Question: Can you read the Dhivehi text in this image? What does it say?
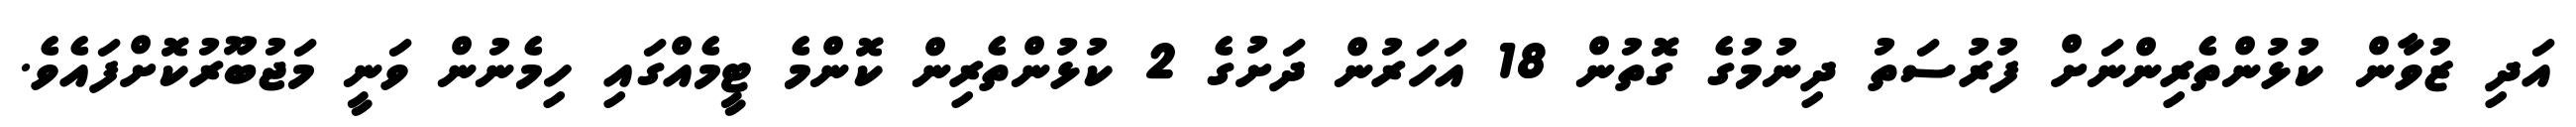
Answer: އަދި ޒުވާން ކުޅުންތެރިންނަށް ފުރުސަތު ދިނުމުގެ ގޮތުން 18 އަހަރުން ދަށުގެ 2 ކުޅުންތެރިން ކޮންމެ ޓީމެއްގައި ހިމެނުން ވަނީ މަޖުބޫރުކޮށްފައެވެ.